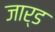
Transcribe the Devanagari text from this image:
जार्ड